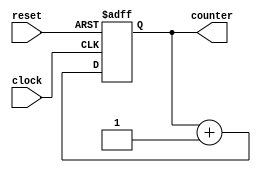
module CounterGenerator(clock, reset, counter);

input wire clock, reset;
output reg [2:0]counter;

always @ (posedge clock or posedge reset) begin
	if (reset == 1) begin
		counter <= 3'b000;
	end
	else begin
		counter <= counter + 3'b001;
	end
end

endmodule